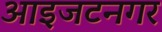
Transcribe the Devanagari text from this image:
आइजटनगर